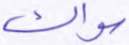
سواك